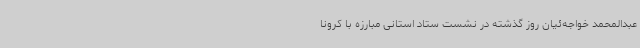
عبدالمحمد خواجه‌ئیان روز گذشته در نشست ستاد استانی مبارزه با کرونا